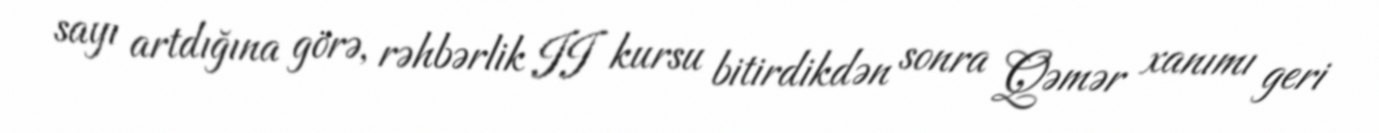
sayı artdığına görə, rəhbərlik II kursu bitirdikdən sonra Qəmər xanımı geri